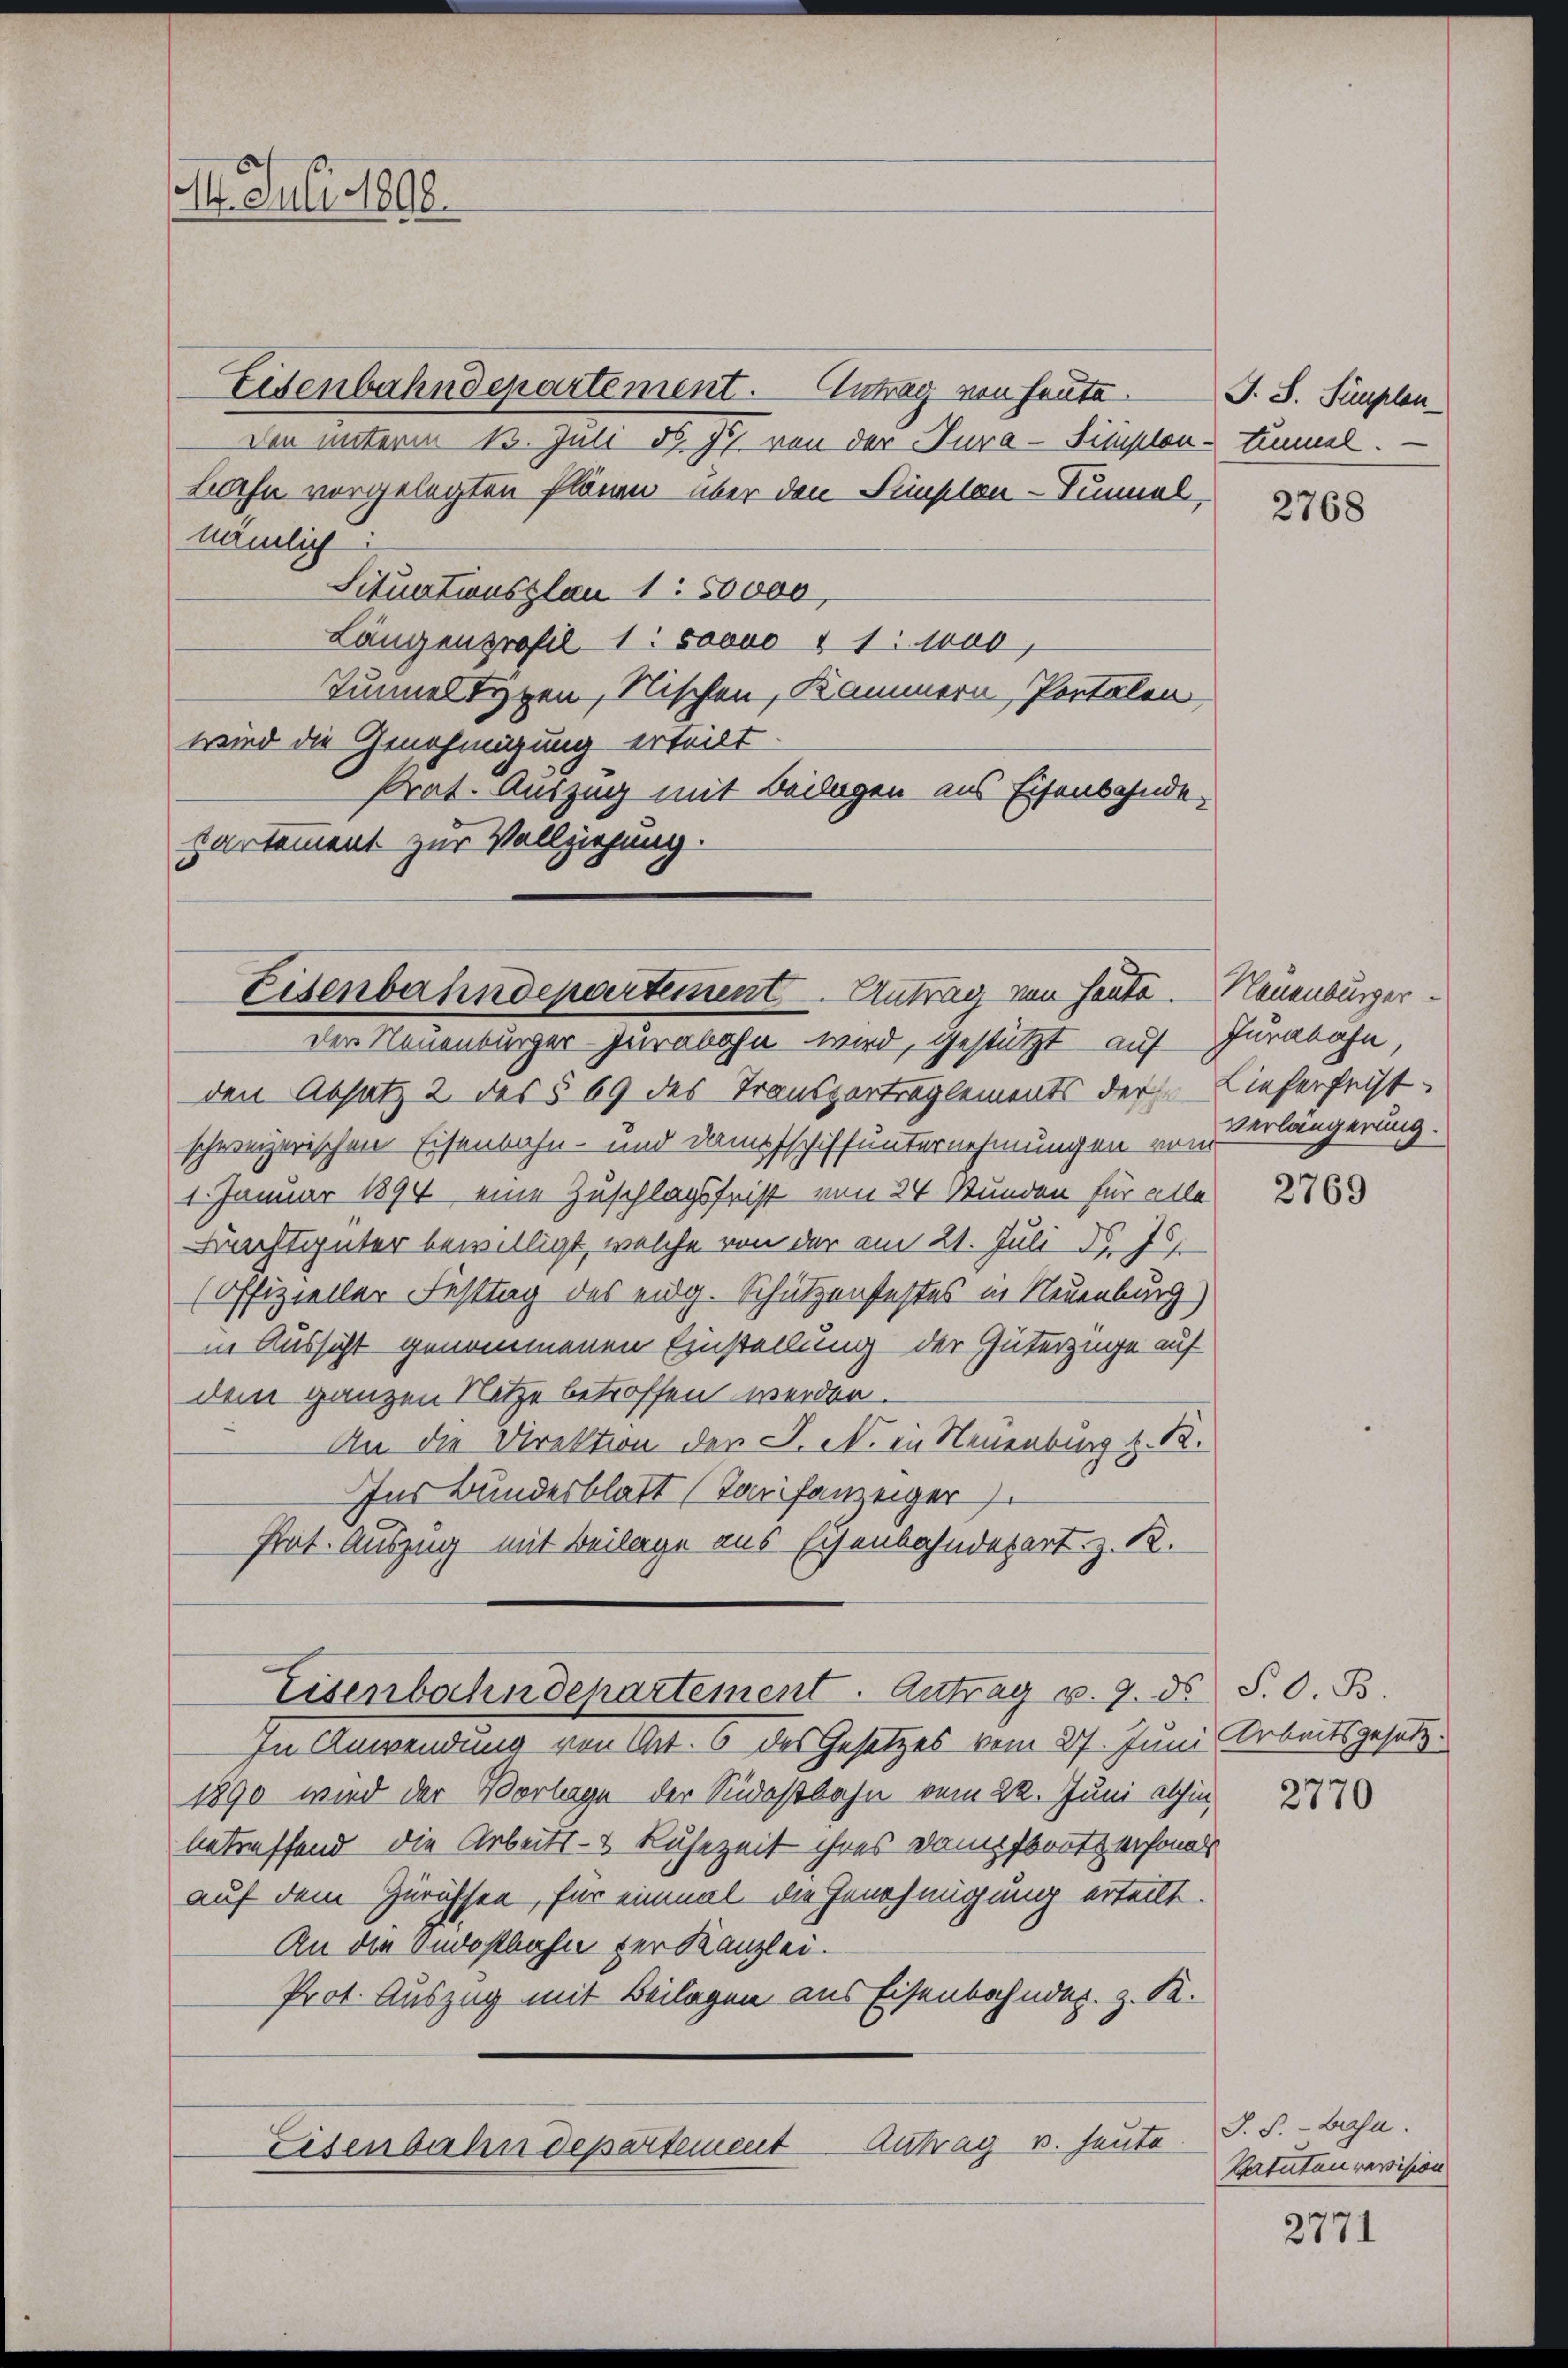
14. Juli 1898

den unterm 13. Juli 1897 von der Jura-Simplon - Einmal.
Lahn vorgelegten Plänen über den Simplon-Tunnel,
nämlich
Situationszlau 1: 50,000,
Längenprofil 1: soooo § 1: was,
Tunnel Typen, Nischen, Kammern, Portalen
wird die Genehmigung erteilt.
rat. Auszug mit Beilagen aus Eisenbahnde
Cartement zur Vollziehung.

Eisenbahndepartement. Antrag von heute.

Eisenbahndepartement Antrag von heute.
Der Neuenburger Jurabahn wird, gestützt auf Jurabahn,

den Absatz 2 des § 69 des Transportreglements der Lieferheist
schweizerischen Eisenbahn- und Dampfschiffunternehmungen von Verlängerung.
1. Januar 1894 eine Zuschlagsfrist von 24 Stunden für alle
Nachtgüter bewilligt, welche von der am 21. Juli d. Js.
(Offizieller Festtag des eidg. Schützenstestes in Neuenburg)
in Aussicht genommenen Einstellung der Güterzüge auf
dem ganzen Netze betroffen werden.
An die Direktion der J. N. in Neuenburg v. R.
Ins Bundesblatt (Tarifanzeiger
Pät. Auszug mit Beilage aus schenbahndepart. z. R.
Eisenbahndepartement. Antrag u. 9. ds. S. O. B.
In Anwendung von Art. 6 des Gesetzes vom 27. Juni Arbeitsgesetz¬
1890 wird der Vorlage der Südostbahn vom 22. Juni ethin,
betreffend die Arbeits- & Ruhezeit ihres Danistratzersonals
auf dem Zürichsen, für einmal die Genehmigung erteilt
An die Indostbahn der Kanzlei.
Prot. Auszug mit Beilagen aus Eisenbahndes. z. K.
Antrag v. Heute
Eisenbahn departement

J. S. Simplen

2768

Neuenburger

2769

2770

J. P. - Bahn.
Vatuten revision

2771